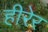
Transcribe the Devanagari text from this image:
हीरेर